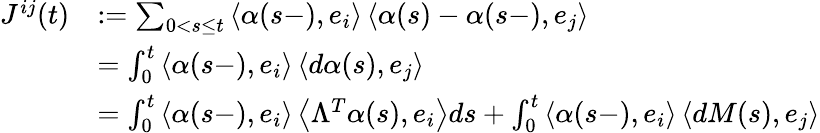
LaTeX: \begin{array}{rl}{J^{ij}(t)}&{:=\sum_{0<s\leq t}\left\langle\alpha(s-),e_{i}\right\rangle\left\langle\alpha(s)-\alpha(s-),e_{j}\right\rangle}\\ &{=\int_{0}^{t}\left\langle\alpha(s-),e_{i}\right\rangle\left\langle d\alpha(s),e_{j}\right\rangle}\\ &{=\int_{0}^{t}\left\langle\alpha(s-),e_{i}\right\rangle\left\langle\Lambda^{T}\alpha(s),e_{i}\right\rangle ds+\int_{0}^{t}\left\langle\alpha(s-),e_{i}\right\rangle\left\langle dM(s),e_{j}\right\rangle}\end{array}